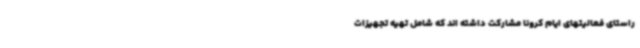
راستای فعالیتهای ایام کرونا مشارکت داشته اند که شامل تهیه تجهیزات